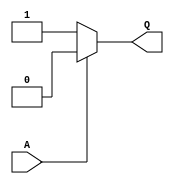
// This program was cloned from: https://github.com/Digital-EDA/Digital-IDE
// License: MIT License

module inv (
  output Q,
  input A
);
  assign Q = A ? 0 : 1;
endmodule

module buff (
  output Q,
  input A
);
  assign Q = A;
endmodule

module logic_0 (
  output A
);
  assign A = 0;
endmodule

module logic_1 (
  output A
);
  assign A = 1;
endmodule

module gclkbuff (
  input A,
  output Z
);
  specify
    (A => Z) = 0;
  endspecify

  assign Z = A;
endmodule